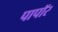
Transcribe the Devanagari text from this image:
पापॉर